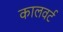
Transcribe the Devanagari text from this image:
कालवर्ट